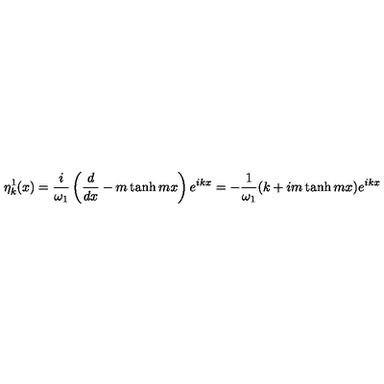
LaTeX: \eta _ { k } ^ { 1 } ( x ) = \frac { i } { \omega _ { 1 } } \left( \frac { d } { d x } - m \tanh m x \right) e ^ { i k x } = - \frac { 1 } { \omega _ { 1 } } ( k + i m \tanh m x ) e ^ { i k x }